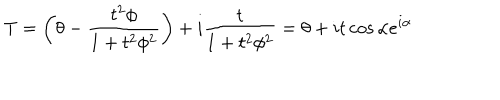
T = \left( \theta - \frac { t ^ { 2 } \phi } { 1 + t ^ { 2 } \phi ^ { 2 } } \right) + i \frac { t } { 1 + t ^ { 2 } \phi ^ { 2 } } = \theta + i t \cos \alpha e ^ { i \alpha }